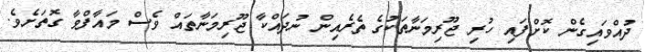
ދުއްވައިގެން ކޮށްފައި ހުރި ޖޫރިމަނާތަކުގެ ތެރެއިން ނުދައްކާ ޖޫރިމަނާތައް ވެސް މައާފްވާ ގޮތަށެވެ.